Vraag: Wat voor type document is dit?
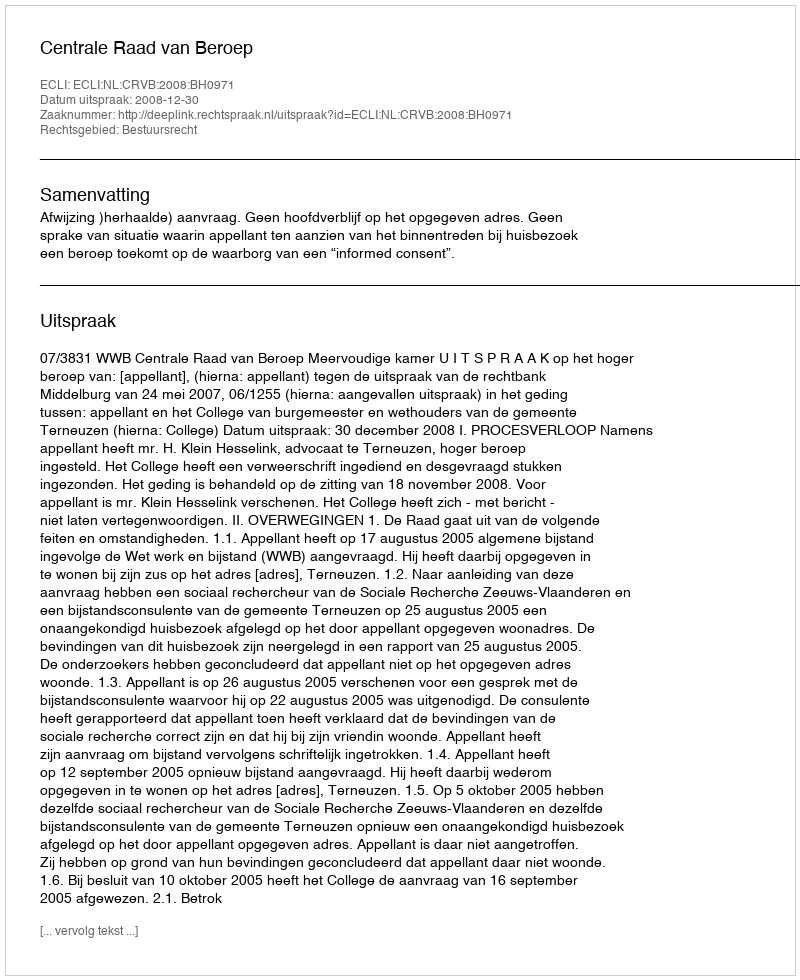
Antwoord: Uitspraak